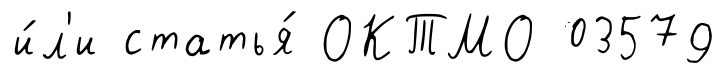
и́л'и статья́ ОКТМО 03579